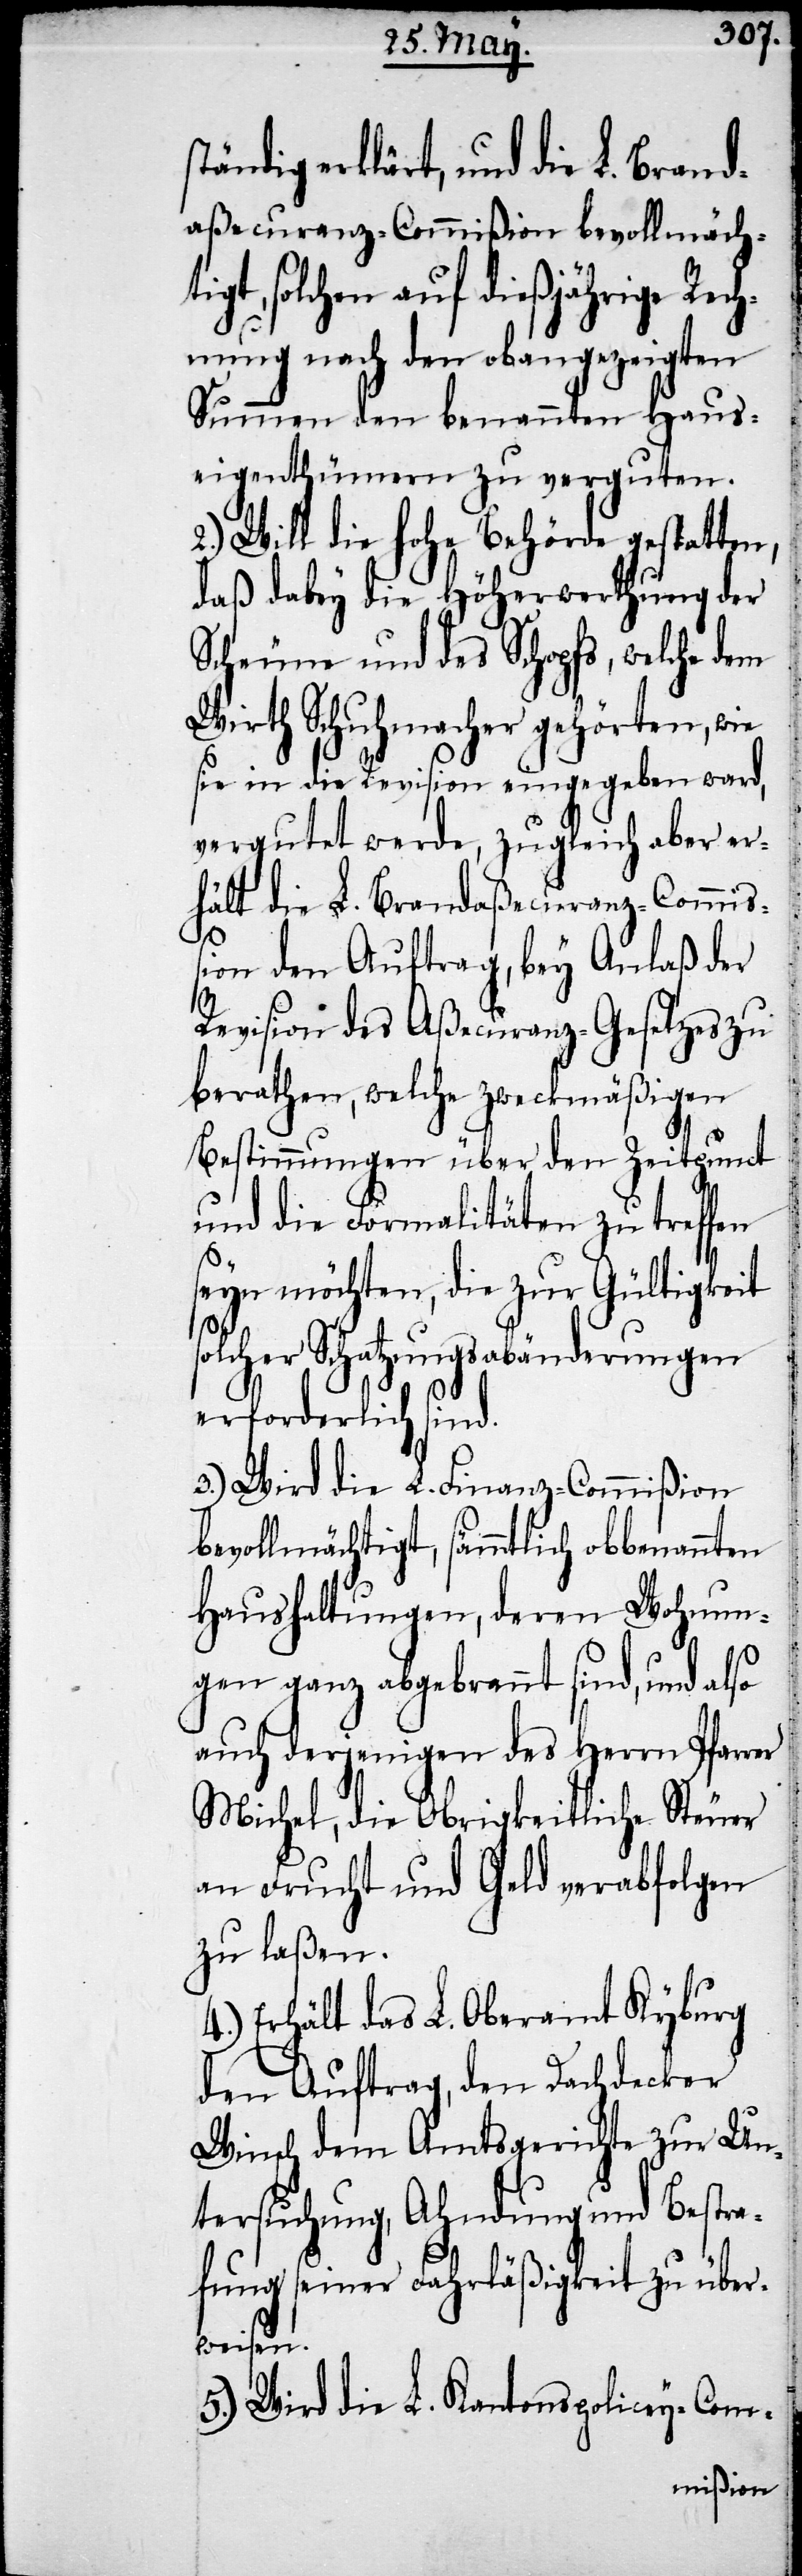
ständig erklärt, und die L. Brand¬
aßecuranz-Commißion bevollmächt¬
igt, solchen auf dießjährige Rech¬
nung nach den obangezeigten
Summen den benannten Haus¬
eigenthümern zu verguten.
2.) Will die hohe Behörde gestatten,
daß dabey die Höherwerthung der
Scheune und des Schopfs, welche dem
Wirth Schuhmacher gehörten, wie
sie in die Revision eingegeben ward,
vergutet werde, zugleich aber er¬
hält die L. Brandaßecuranz-Commiß¬
ion den Auftrag, bey Anlaß der
Revision des Aßecuranz-Gesetzes zu
berathen, welche zweckmäßigen
Bestimmungen über den Zeitpunct
und die Formalitäten zu treffen
seyn möchten, die zur Gültigkeit
solcher Schatzungsabänderungen
erforderlich sind.
3.) Wird die L. Finanz-Commißion
bevollmächtigt, sämmtliche obbenannten
Haushaltungen, deren Wohnun¬
gen ganz abgebrannt sind, und also
auch derjenigen des Herrn Pfarrer
Michel, die Obrigkeitliche Steuer
an Frucht und Geld verabfolgen
zu laßen.
4.) Erhält das L. Oberamt Kyburg
den Auftrag, den Dachdecker
Winsch dem Amtsgerichte zur Un¬
tersuchung, Ahndung und Bestra¬
fung seiner Fahrläßigkeit zu über¬
weisen.
5.) Wird die L. Kantonspolicey-Com-